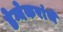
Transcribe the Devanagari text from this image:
डेग्वेकरांचे